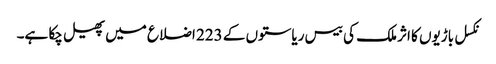
نکسل باڑیوں کا اثر ملک کی بیس ریاستوں کے 223 اضلاع میں پھیل چکا ہے۔